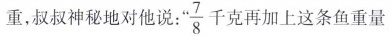
重，叔叔神秘地对他说：” \frac{7}{8}千克再加上这条鱼重量